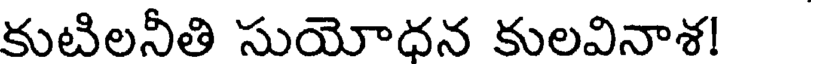
కుటిలనీతి సుయోధన కులవినాశ!